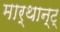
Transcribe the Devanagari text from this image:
मार्थान्ट्